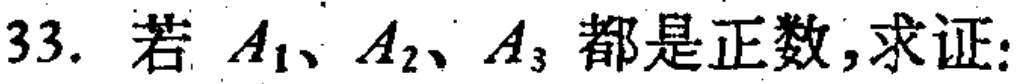
33. 若 \(A_1、A_2、A_3\) 都是正数,求证: